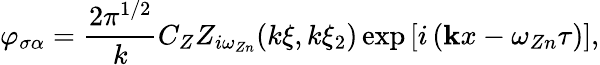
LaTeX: \varphi_{\sigma\alpha}=\frac{2\pi^{1/2}}{k}C_{Z}Z_{i\omega_{Zn}}(k\xi,k\xi_{2})\exp\left[i\left({\mathbf kx}-\omega_{Zn}\tau\right)\right],